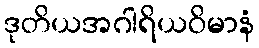
ဒုတိယအဂါရိယဝိမာနံ